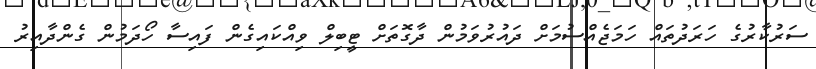
ސަރުކާރުގެ ހަރަދުތައް ހަމަޖެއްސުމަށް ދައުރުވަމުން ދާގޮތަށް ޓީބިލް ވިއްކައިގެން ފައިސާ ހޯދަމުން ގެންދާއިރު